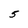
Character: 5